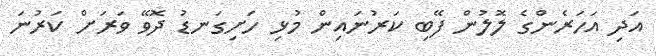
އަދި އަހަރެންގެ ލޮލުން ފޭބި ކަރުނައިން މުޅި ހަށިގަނޑު ދޮވޭ ވަރަށް ކަރުނަ